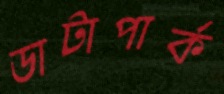
ডাটাপার্ক